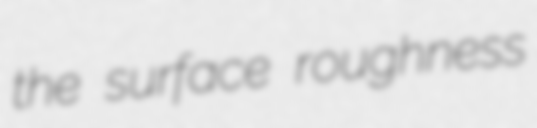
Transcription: the surface roughness